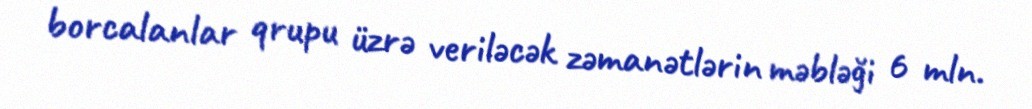
borcalanlar qrupu üzrə veriləcək zəmanətlərin məbləği 6 mln.